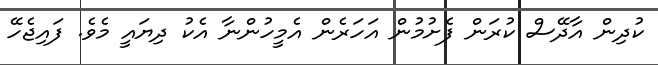
ކުދިން އާދޭސް ކުރަން ފެށުމުން އަހަރެން އެމީހުންނާ އެކު ދިޔައީ މެވެ. ފައިޖެހޭ